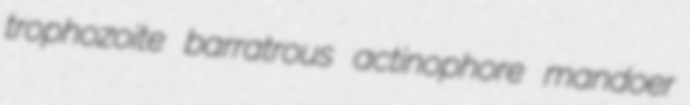
trophozoite barratrous actinophore mandoer